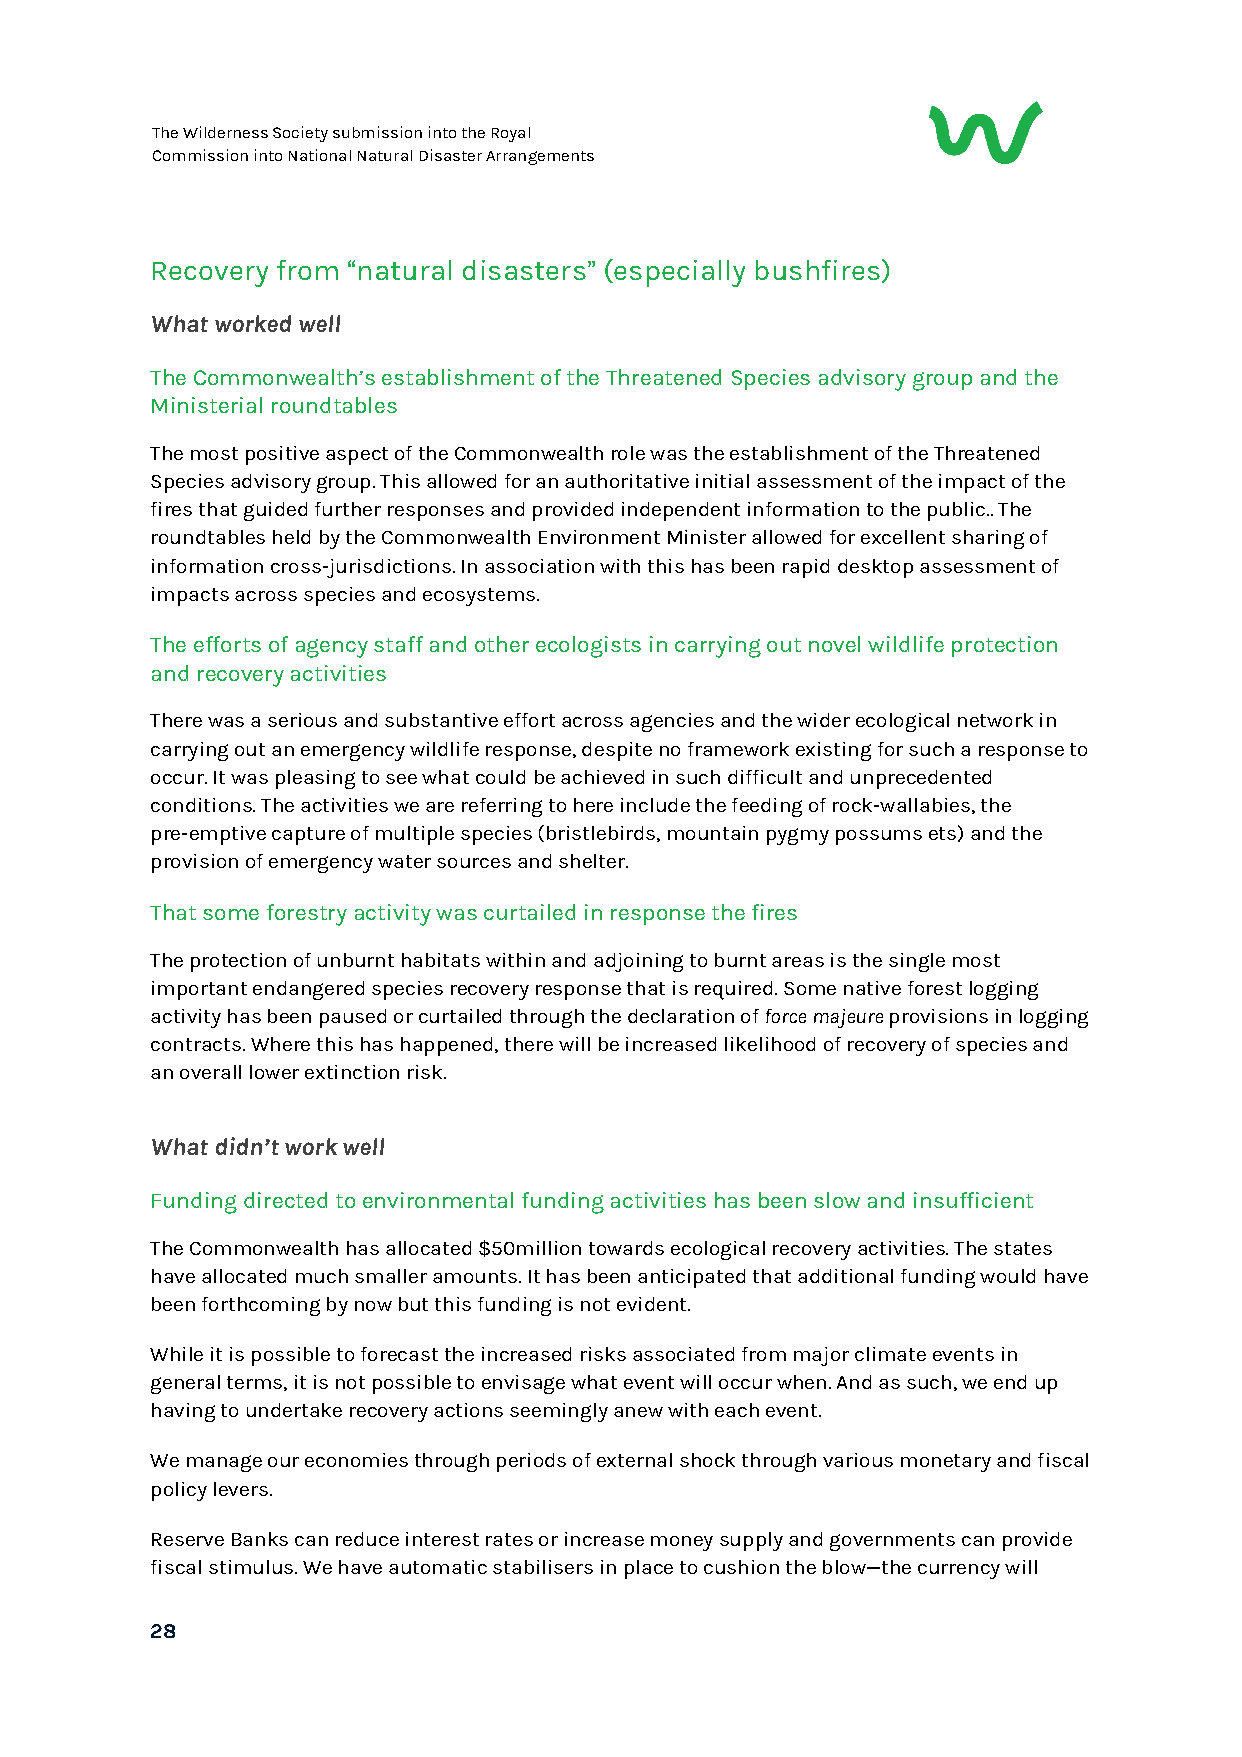
The Wilderness Society submission into the Royal
 Commission into National Natural Disaster Arrangements
 Recovery from natural disasters (especially bushfires)
 “               ”
 What worked well
 The Commonwealth’s establishment of the Threatened Species advisory group and the
 Ministerial roundtables
 The most positive aspect of the Commonwealth role was the establishment of the Threatened
 Species advisory group. This allowed for an authoritative initial assessment of the impact of the
 fires that guided further responses and provided independent information to the public.. The
 roundtables held by the Commonwealth Environment Minister allowed for excellent sharing of
 information cross-jurisdictions. In association with this has been rapid desktop assessment of
 impacts across species and ecosystems.
 The efforts of agency staff and other ecologists in carrying out novel wildlife protection
 and recovery activities
 There was a serious and substantive effort across agencies and the wider ecological network in
 carrying out an emergency wildlife response, despite no framework existing for such a response to
 occur. It was pleasing to see what could be achieved in such difficult and unprecedented
 conditions. The activities we are referring to here include the feeding of rock-wallabies, the
 pre-emptive capture of multiple species (bristlebirds, mountain pygmy possums ets) and the
 provision of emergency water sources and shelter.
 That some forestry activity was curtailed in response the fires
 The protection of unburnt habitats within and adjoining to burnt areas is the single most
 important endangered species recovery response that is required. Some native forest logging
 activity has been paused or curtailed through the declaration of force majeure provisions in logging
 ​      ​
 contracts. Where this has happened, there will be increased likelihood of recovery of species and
 an overall lower extinction risk.
 What didn’t work well
 Funding directed to environmental funding activities has been slow and insufficient
 The Commonwealth has allocated $50million towards ecological recovery activities. The states
 have allocated much smaller amounts. It has been anticipated that additional funding would have
 been forthcoming by now but this funding is not evident.
 While it is possible to forecast the increased risks associated from major climate events in
 general terms, it is not possible to envisage what event will occur when. And as such, we end up
 having to undertake recovery actions seemingly anew with each event.
 We manage our economies through periods of external shock through various monetary and fiscal
 policy levers.
 Reserve Banks can reduce interest rates or increase money supply and governments can provide
 fiscal stimulus. We have automatic stabilisers in place to cushion the blow—the currency will
 28